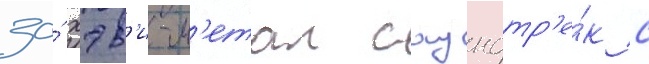
за́ хэв'и-м'етал саундтр'е́к с